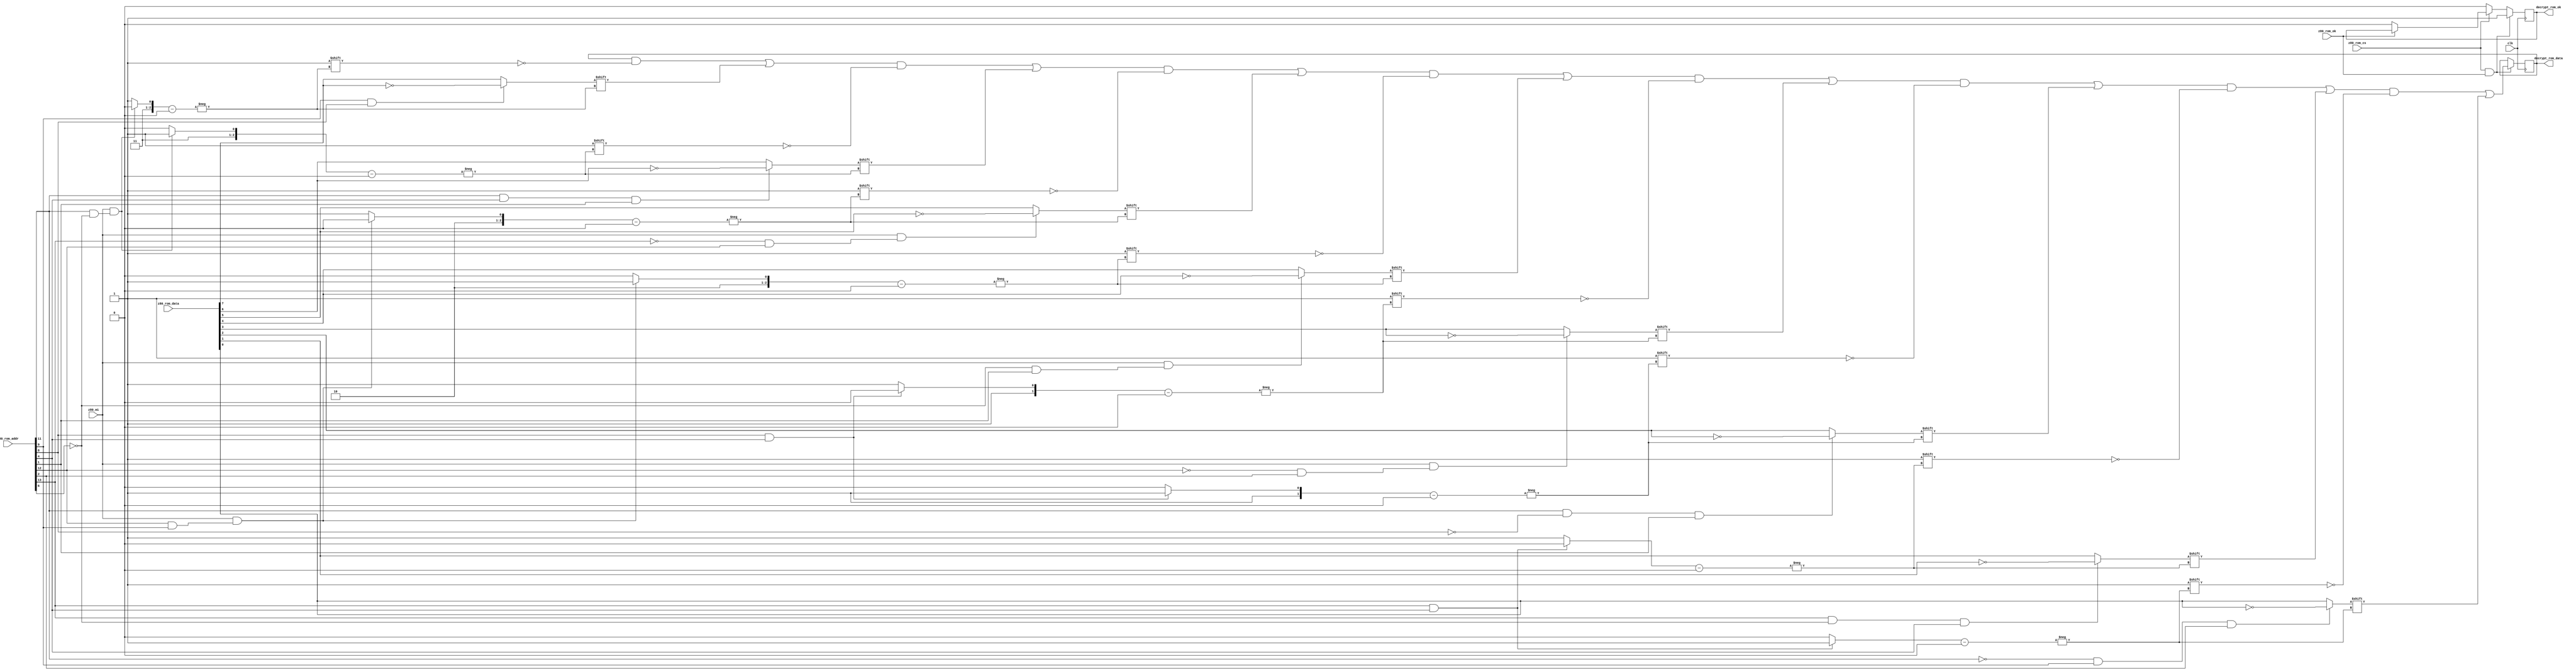
// This program was cloned from: https://github.com/vertrex/Arcade-JujuDensetsu_MiSTer
// License: GNU Affero General Public License v3.0

////////// sei80bu  ///////////////////////////////
//
// sei80bu decrypt the z80 encrypted rom
// address is used as key to decrypt for rom data
// decrypt rom opcode if m1 high or data if m1 low
//
module sei80bu(
  input             clk,
  input      [15:0] z80_rom_addr,
  input       [7:0] z80_rom_data,
  input             z80_rom_ok,
  input             z80_rom_cs,

  input             z80_m1,

  output reg  [7:0] decrypt_rom_data,
  output reg        decrypt_rom_ok
);

//assign decrypt_rom_ok = z80_rom_ok;

always @(posedge clk) begin
  if (z80_rom_cs == 1'b1 && z80_rom_ok == 1'b1) begin
    decrypt_rom_data[(z80_m1 == 1'b1 &&(z80_rom_addr[11] & ~z80_rom_addr[6])) ? 6 : 7]
                     <= (z80_rom_addr[9] & z80_rom_addr[8])
                         ? z80_rom_data[7] ^ 1'b1
                         : z80_rom_data[7];

    decrypt_rom_data[(z80_m1 == 1'b1 &&(z80_rom_addr[11] & ~z80_rom_addr[6])) ? 7 : 6]
                     <=(z80_rom_addr[11] & z80_rom_addr[4] & z80_rom_addr[1])
                       ? z80_rom_data[6] ^ 1'b1
                       : z80_rom_data[6];

    decrypt_rom_data[(z80_m1 == 1'b1 &&(z80_rom_addr[12] & z80_rom_addr[9])) ? 4 : 5]
                     <= (z80_m1 == 1'b1 && (~z80_rom_addr[13] & z80_rom_addr[12]))
                           ? z80_rom_data[5] ^ 1'b1
                           : z80_rom_data[5];

    decrypt_rom_data[(z80_m1 == 1'b1 &&(z80_rom_addr[12] & z80_rom_addr[9])) ? 5 : 4]
                     <= (z80_m1 == 1'b1 && (~z80_rom_addr[6] & z80_rom_addr[1]))
                           ? z80_rom_data[4] ^ 1'b1
                           : z80_rom_data[4];


    decrypt_rom_data[z80_rom_addr[8] & z80_rom_addr[4] ? 2 : 3]
                    <= (z80_m1 == 1'b1 &&(~z80_rom_addr[12] & z80_rom_addr[2]))
                           ? z80_rom_data[3] ^ 1'b1
                           : z80_rom_data[3];

    decrypt_rom_data[z80_rom_addr[8] & z80_rom_addr[4] ? 3 : 2]
                     <= (z80_rom_addr[11] & ~z80_rom_addr[8] & z80_rom_addr[1])
                           ? z80_rom_data[2] ^ 1'b1
                           : z80_rom_data[2];


    decrypt_rom_data[(z80_rom_addr[13] & z80_rom_addr[4]) ? 0  : 1]
                     <= (z80_rom_addr[13] & ~z80_rom_addr[6] & z80_rom_addr[4])
                           ? z80_rom_data[1] ^ 1'b1
                           : z80_rom_data[1];

    decrypt_rom_data[(z80_rom_addr[13] & z80_rom_addr[4]) ? 1 : 0]
                    <= (~z80_rom_addr[11] & z80_rom_addr[9] & z80_rom_addr[2])
                           ? z80_rom_data[0] ^ 1'b1
                           : z80_rom_data[0];
    decrypt_rom_ok <= 1;
   end
   else if (z80_rom_cs == 1'b0)
     decrypt_rom_ok <= 1'b0;
   else if (z80_rom_ok == 1'b0)
     decrypt_rom_ok <= 1'b0;
end

endmodule